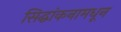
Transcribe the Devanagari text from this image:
सिद्धांकनामधून